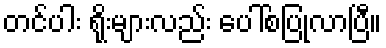
တင်ပါး ရိုးများလည်း ပေါ်စပြုလာပြီ။